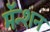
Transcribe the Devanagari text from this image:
मॅन्शन